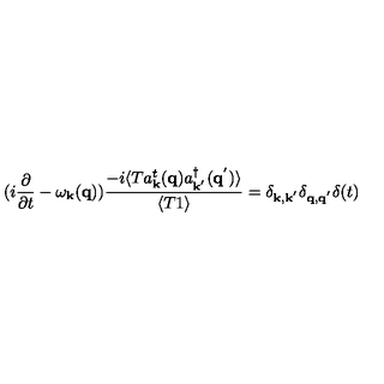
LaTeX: ( i \frac { \partial } { \partial t } - \omega _ { { \bf { k } } } ( { \bf { q } } ) ) \frac { - i \langle T a _ { { \bf { k } } } ^ { t } ( { \bf { q } } ) a _ { { \bf { k } } ^ { ' } } ^ { \dagger } ( { \bf { q } } ^ { ' } ) \rangle } { \langle T 1 \rangle } = \delta _ { { \bf { k } } , { \bf { k } } ^ { ' } } \delta _ { { \bf { q } } , { \bf { q } } ^ { ' } } \delta ( t )